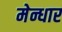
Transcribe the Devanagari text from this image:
मेन्धार